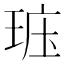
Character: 𤥦